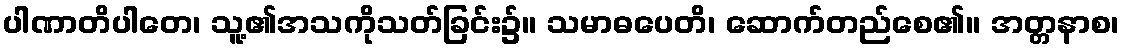
ပါဏာတိပါတေ၊ သူ့၏အသကိုသတ်ခြင်း၌။ သမာဓပေတိ၊ ဆောက်တည်စေ၏။ အတ္တနာစ၊